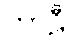
ကာဠီ